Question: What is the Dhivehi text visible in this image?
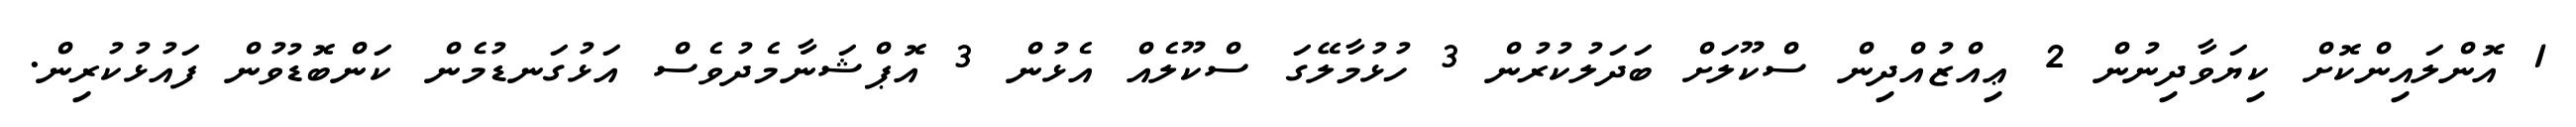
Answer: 1 އޮންލައިންކޮށް ކިޔަވާދިނުން 2 ޢިއްޒުއްދިން ސްކޫލަށް ބަދަލުކުރުން 3 ހުޅުމާލޭގަ ސްކޫލެއް އެޅުން 3 އޮޕްޝަނާމެދުވެސް އަޅުގަނޑުމެން ކަންބޮޑުވުން ފައުޅުކުރިން.